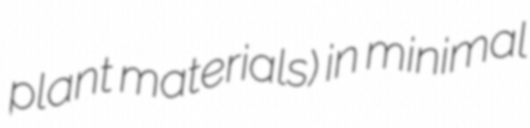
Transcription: plant materials) in minimal